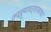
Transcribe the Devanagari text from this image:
काव्यादर्शावरचा